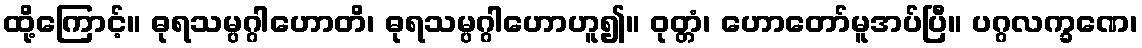
ထို့ကြောင့်။ ဓုရသမ္ပဂ္ဂါဟောတိ၊ ဓုရသမ္ပဂ္ဂါဟောဟူ၍။ ဝုတ္တံ၊ ဟောတော်မူအပ်ပြီ။ ပဂ္ဂလက္ခဏေ၊